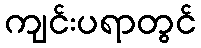
ကျင်းပရာတွင်